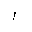
Letter: _alif